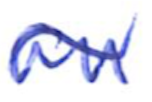
Text: an
Cross-out: mix
Writing tool: ballpoint